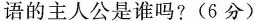
语的主人公是谁吗?(6分)